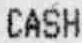
CASH